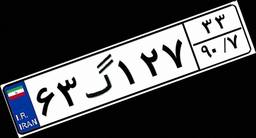
۰۰گ۱۰۸۸۵